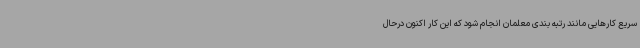
سریع کارهایی مانند رتبه بندی معلمان انجام شود که این کار اکنون درحال